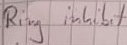
Text: Ring inhibit